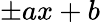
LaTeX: \pm ax+b